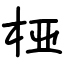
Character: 桠